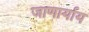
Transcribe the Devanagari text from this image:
जाणार्याय